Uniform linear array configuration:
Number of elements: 24
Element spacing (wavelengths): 0.5
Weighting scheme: hann
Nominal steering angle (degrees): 45
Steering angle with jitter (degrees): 45.318
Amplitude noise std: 0.05
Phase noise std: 0.05

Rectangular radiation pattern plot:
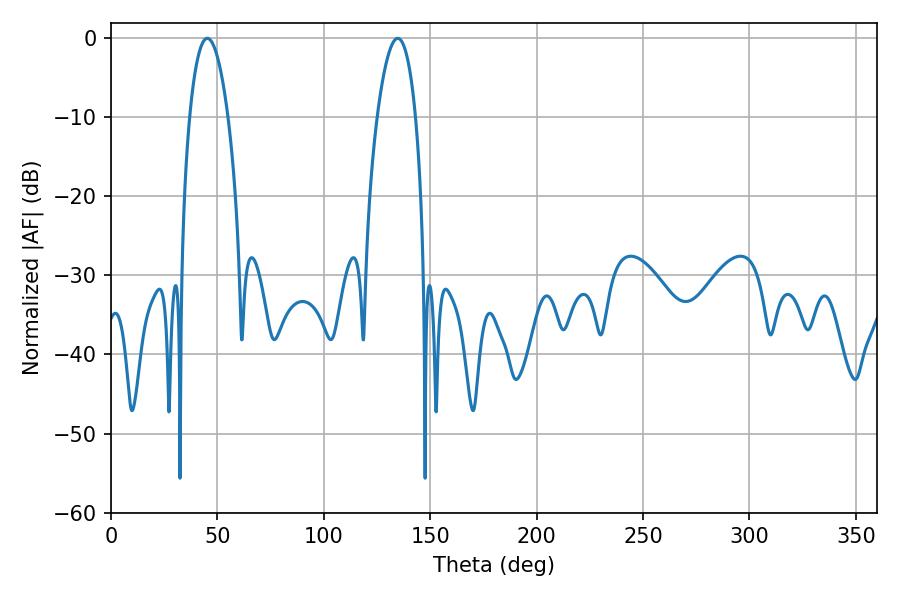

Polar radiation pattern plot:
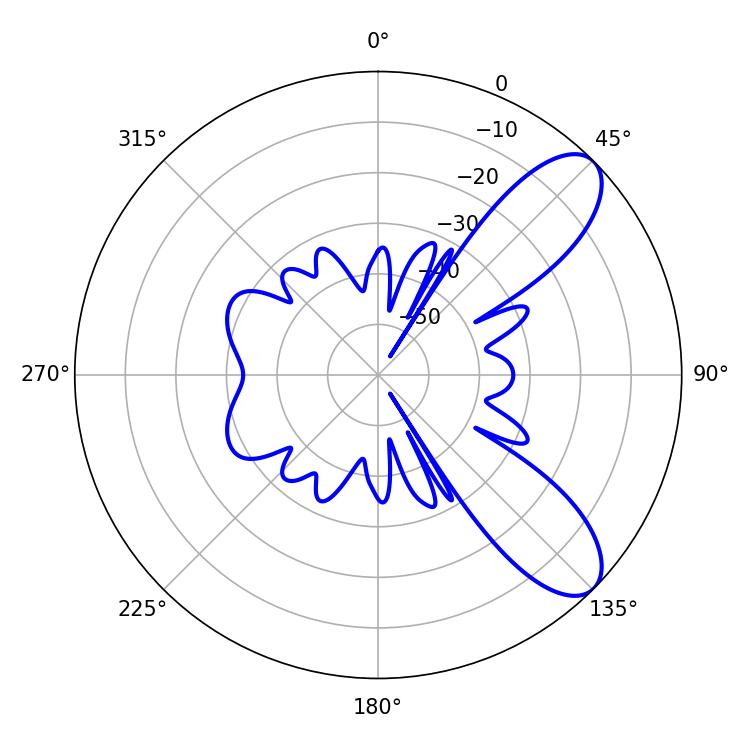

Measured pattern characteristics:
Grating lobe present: FALSE
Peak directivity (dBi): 8.766
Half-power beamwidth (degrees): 10.08
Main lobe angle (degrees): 45.18